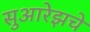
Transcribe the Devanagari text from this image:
सुआरेझचे